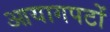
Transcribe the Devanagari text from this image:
आयागपटों